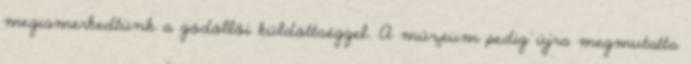
megismerkedtünk a gödöllői küldöttséggel. A múzeum pedig újra megmutatta